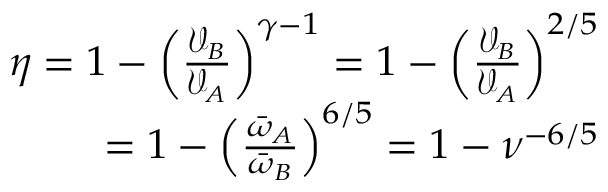
\begin{array} { r } { \eta = 1 - \left( \frac { \mathcal { V } _ { B } } { \mathcal { V } _ { A } } \right) ^ { \gamma - 1 } = 1 - \left( \frac { \mathcal { V } _ { B } } { \mathcal { V } _ { A } } \right) ^ { 2 / 5 } } \\ { = 1 - \left( \frac { \bar { \omega } _ { A } } { \bar { \omega } _ { B } } \right) ^ { 6 / 5 } = 1 - \nu ^ { - 6 / 5 } } \end{array}